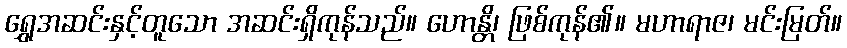
ရွှေအဆင်းနှင့်တူသော အဆင်းရှိကုန်သည်။ ဟောန္တိ၊ ဖြစ်ကုန်၏။ မဟာရာဇ၊ မင်းမြတ်။